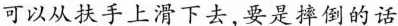
可以从扶手上滑下去，要是摔倒的话